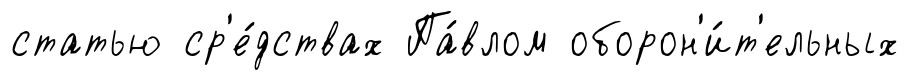
статью ср'е́дствах Па́влом оборон'и́т'ельных